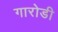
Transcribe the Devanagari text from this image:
गारोडी